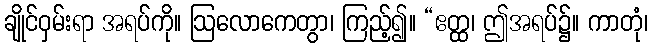
ချိုင်ဝှမ်းရာ အရပ်ကို။ ဩလောကေတွာ၊ ကြည့်၍။ “ဧတ္ထ၊ ဤအရပ်၌။ ကာတုံ၊